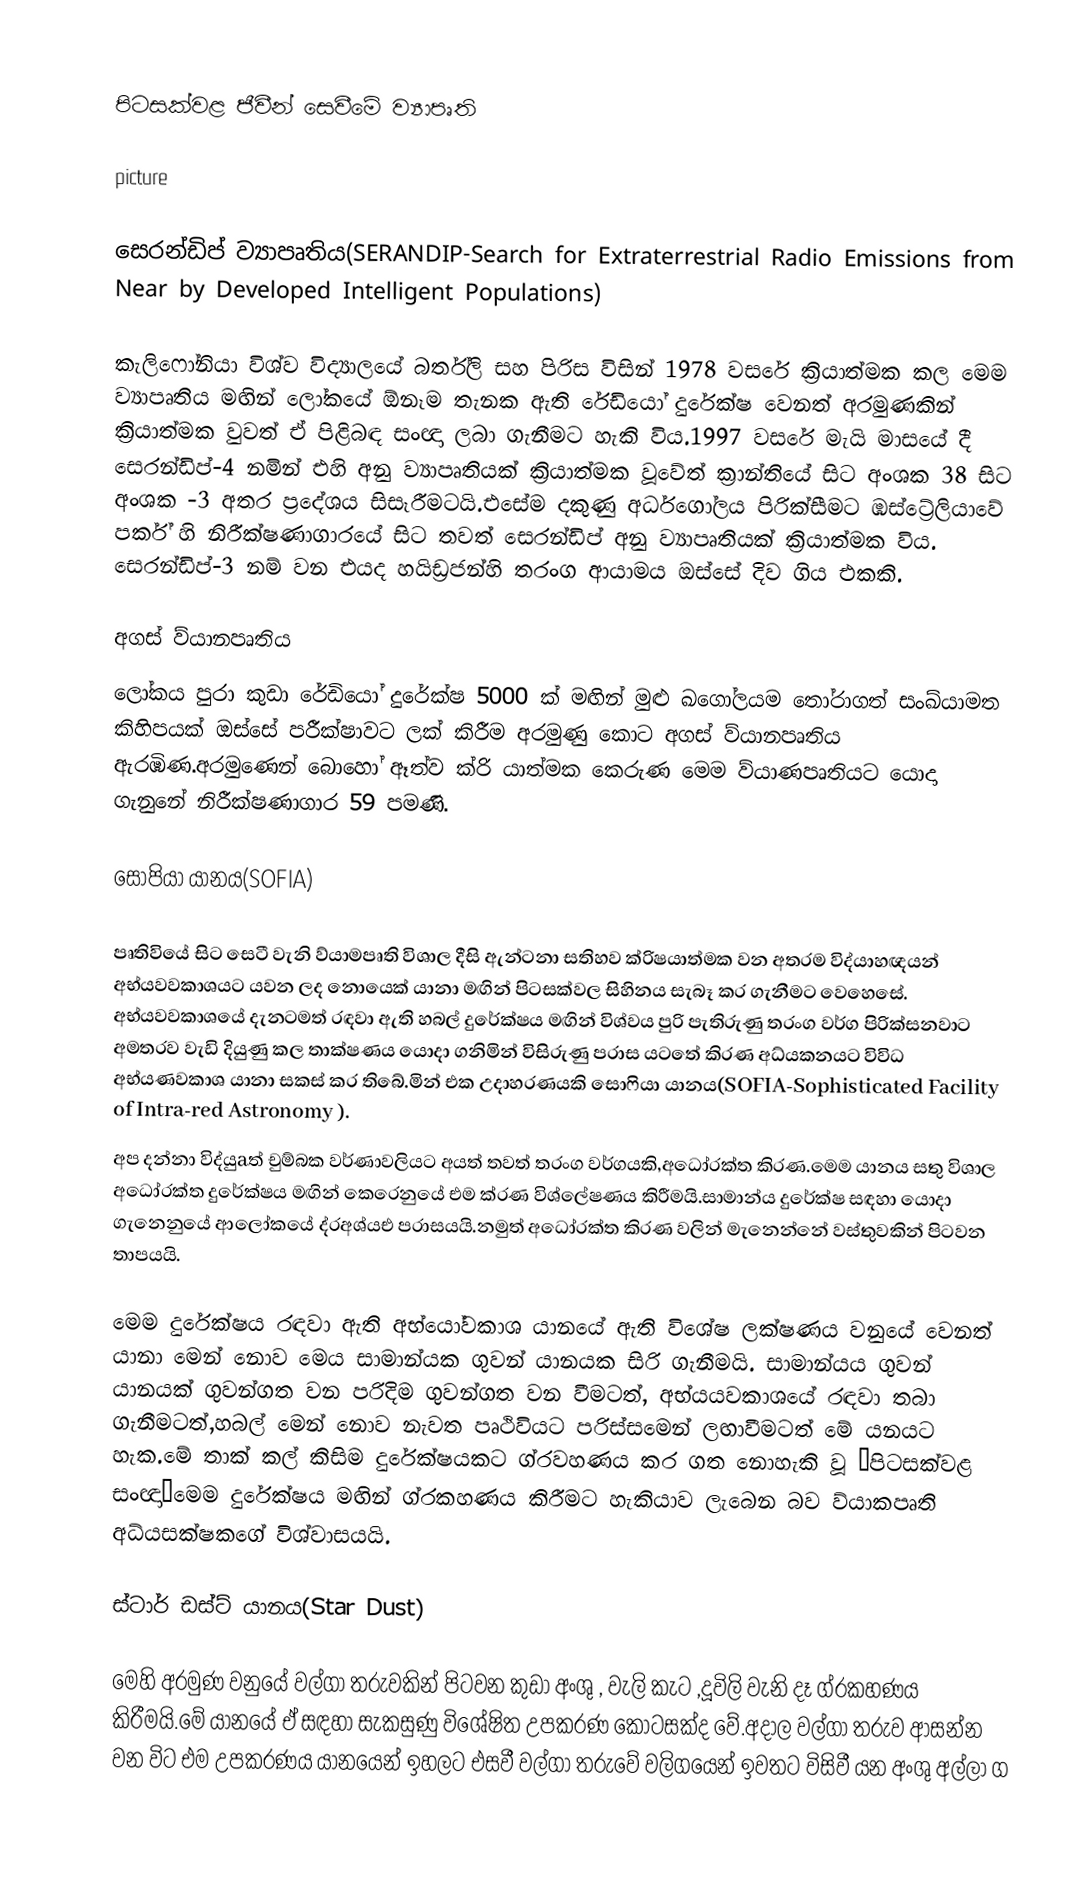

පිටසක්වළ ජීවීන් සෙවීමේ ව්‍යාපෘති

 picture

සෙරන්ඩිප් ව්‍යාපෘතිය(SERANDIP-Search for Extraterrestrial Radio Emissions  from Near by Developed Intelligent Populations)

කැලිෆෝනියා විශ්ව විද්‍යාලයේ බර්ත්ලි සහ පිරිස විසින් 1978 වසරේ ක්‍රියාත්මක කල මෙම ව්‍යාපෘතිය මඟින් ලෝකයේ ඕනෑම තැනක ඇති රේඩියෝ දුරේක්ෂ වෙනත් අරමුණකින් ක්‍රියාත්මක වුවත් ඒ පිළිබඳ සංඥා ලබා ගැනීමට හැකි විය.1997 වසරේ මැයි මාසයේ දී සෙරන්ඩිප්-4 නමින් එහි අනු ව්‍යාපෘතියක් ක්‍රියාත්මක වූවේත් ක්‍රාන්තියේ සිට  අංශක 38 සිට අංශක -3 අතර ප්‍රදේශය සිසෑරීමටයි.එසේම දකුණු අර්ධගෝලය පිරික්සීමට ඹස්ට්‍රේලියාවේ පර්ක් හි නිරීක්ෂණාගාරයේ සිට තවත් සෙරන්ඩිප් අනු ව්‍යාපෘතියක් ක්‍රියාත්මක විය. සෙරන්ඩිප්-3 නම් වන එයද හයිඩ්‍රජන්හි තරංග ආයාමය ඔස්සේ දිව ගිය එකකි.

අගස් ව්යානපෘතිය
ලෝකය පුරා කුඩා රේඩියෝ දුරේක්ෂ 5000 ක් මඟින් මුළු ඛගෝලයම තෝරාගත් සංඛ්යාමත කිහිපයක් ඔස්සේ පරීක්ෂාවට ලක් කිරීම අරමුණු කොට අගස් ව්යානපෘතිය ඇරඹිණ.අරමුණෙන් බොහෝ ඈත්ව ක්රි යාත්මක කෙරුණ මෙම ව්යාණපෘතියට යොදා ගැනුනේ නිරීක්ෂණාගාර 59 පමණි.

සොපියා යානය(SOFIA)

පෘතිවියේ සිට සෙටී වැනි ව්යාමපෘති විශාල දීසි ඇන්ටනා සතිහව ක්රිෂයාත්මක වන අතරම විද්යාහඥයන් අභ්යවවකාශයට යවන ලද නොයෙක් යානා මඟින් පිටසක්වල සිහිනය සැබෑ කර ගැනීමට වෙහෙසේ. අභ්යවවකාශ‍යේ දැනටමත් රඳවා ඇති හබල් දුරේක්ෂය මඟින් විශ්වය පුරි පැතිරුණු තරංග වර්ග පිරික්සනවාට අමතරව වැඩි දියුණු කල තාක්ෂණය යොදා ගනිමින් විසිරුණු පරාස යටතේ කිරණ අධ්යකනයට විවිධ අභ්යණවකාශ යානා සකස් කර තිබේ.මින් එක උදාහරණයකි සොෆියා යානය(SOFIA-Sophisticated Facility of Intra-red Astronomy ).
අප දන්නා විද්යුaත් චුම්බක වර්ණාවලියට අයත් තවත් තරංග වර්ගයකි,අධෝරක්ත කිරණ.මෙම යානය සතු විශාල අධෝරක්ත දුරේක්ෂය මඟින් කෙරෙනුයේ එම ක්රණ විශ්ලේෂණය කිරීමයි.සාමාන්ය  දුරේක්ෂ සඳහා යොදා ගැනෙනුයේ ආලෝකයේ ද්රඅශ්යඑ පරාසයයි.නමුත් අධෝරක්ත කිරණ වලින් මැනෙන්නේ වස්තුවකින් පිටවන තාපයයි.

මෙම දුරේක්ෂය රඳවා ඇති අභ්යෝවකාශ යානයේ ඇති විශේෂ ලක්ෂණය වනුයේ වෙනත් යානා මෙන් නොව මෙය සාමාන්යක ගුවන් යානයක සිරි ගැනීමයි. සාමාන්යය ගුවන් යානයක් ගුවන්ගත වන පරිදිම ගුවන්ගත වන වීමටත්, අභ්යයවකාශ‍යේ රඳවා තබා ගැනීමටත්,හබල් මෙන් නොව නැවත පෘථිවියට පරිස්සමෙන් ලඟාවීමටත් මේ යනයට හැක.මේ තාක් කල් කිසිම දුරේක්ෂයකට ග්රවහණය කර ගත නොහැකි වූ “පිටසක්වළ සංඥා”මෙම දුරේක්ෂය මඟින් ග්රකහණය කිරීමට හැකියාව ලැබෙන බව  ව්යාකපෘති අධ්යසක්ෂකගේ විශ්වාසයයි.

ස්ටාර් ඩස්ට් යානය(Star Dust)

මෙහි අරමුණ වනුයේ වල්ගා තරුවකින් පිටවන කුඩා අංශු , වැලි කැට ,දූවිලි වැනි දෑ ග්රකහණය කිරීමයි.මේ යානයේ ඒ සඳහා සැකසුණු විශේෂිත උපකරණ කොටසක්ද වේ.අදාල වල්ගා තරුව ආසන්න වන විට එම උපකරණය යානයෙන් ඉහලට එසවී වල්ගා තරුවේ වලිගයෙන් ඉවතට විසිවී යන අංශු අල්ලා ග